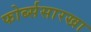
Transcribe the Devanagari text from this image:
फोर्ब्ससारखा